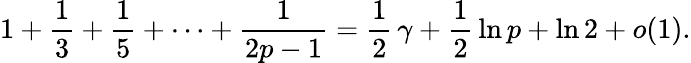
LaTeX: {1}+{\frac{1}{3}}+{\frac{1}{5}}+\cdots+{\frac{1}{2p-1}}={\frac{1}{2}}\, \gamma+{\frac{1}{2}}\ln p+\ln 2+o(1).